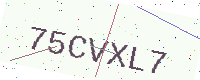
Text: 75CVXL7